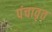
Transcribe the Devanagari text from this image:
पंचावृत